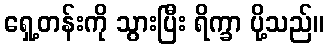
ရှေ့တန်းကို သွားပြီး ရိက္ခာ ပို့သည်။